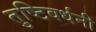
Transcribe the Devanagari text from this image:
तुष्टिवर्धनी